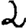
Digit: 2